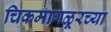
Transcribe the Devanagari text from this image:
चिकमागळूरच्या